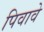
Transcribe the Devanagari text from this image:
पिवावे